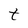
Character: t